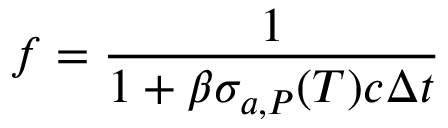
f = \frac { 1 } { 1 + \beta \sigma _ { a , P } ( T ) c \Delta t }